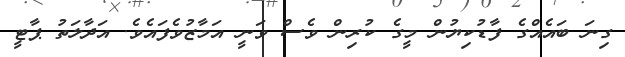
ގިނަ ބައެއްގެ ފާޑުކިޔުން މީގެ ކުރިން ވެސް ވަނީ އަމާޒުވެފައެވެ. އަދާލަތު ޕާޓީ